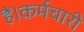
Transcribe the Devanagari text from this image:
हैं।कर्मचारी